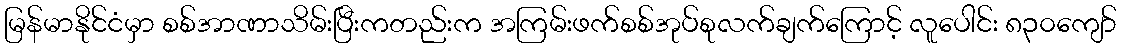
မြန်မာနိုင်ငံမှာ စစ်အာဏာသိမ်းပြီးကတည်းက အကြမ်းဖက်စစ်အုပ်စုလက်ချက်ကြောင့် လူပေါင်း ၈၃၀ကျော်